Annual report on the working of the mental hospitals in the Madras Presidency - 1912-1932
Year: 1912
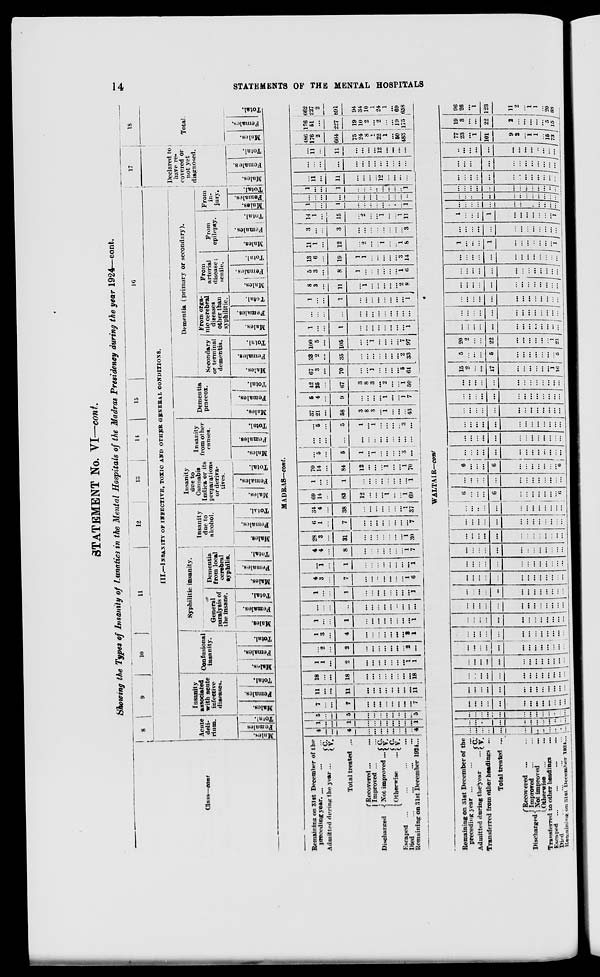
14
STATEMENTS OF THE MENTAL HOSPITALS
STATEMENT No. VI—cont.
Showing the Types of Insanity of Lunatics in the Mental Hospitals of the Madras Presidency during the year 1924—cont.
Class—cont.
8
9
10
11
12
13
14
15
16
III.—INSANITY OF INFECTIVE, TOXIC AND OTHER GENERAL CONDITIONS.
Acute
deli-
rium.
Males.
Females
Total.
Insanity
associated
with acute
infective
diseases.
Males.
Females.
Total.
Confusional
insanity.
Males.
Females.
Total.
Syphilitic insanity.
General
paralysis of
the insane.
Males.
Females.
Total.
Dementia
from local
cerebral
syphilis.
Males.
Females.
Total.
Insanity
due to
alcohol.
Males.
Females.
Total.
Insanity
due to
Cannabis
Indica or its
preparations
or deriva-
tives.
Males.
Females.
Total.
Insanity
from other
causes.
Males.
Females.
Total.
Dementia
praecox.
Males.
Females.
Total.
Dementia (primary or secondary).
Secondary
or terminal
dementia.
Males.
Females.
Total.
From orga-
nic cerebral
diseases
other than
syphilitic.
Males.
Females.
Total.
From
arterial
disease ;
senile.
Males.
Females.
Total.
From
epilepsy.
Males.
Females.
Total.
From
in-
jury.
Males.
Females.
Total.
17
Declared to
have re-
covered or
not yet
diagnosed.
Males.
Females.
Total.
18
Total.
Males.
Females.
Total.
MADRAS—cont.
Remaining on 31st December of the
preceding year. ... ... ...
Admitted during the year ...
C.
V.
Total treated ...
Discharged
Recovered... ...
Improved ...
...
Not improved ...
Otherwise ...
C.
V. C.
V.
Escaped ... ... ... ...
Died ... ... ... ...
Remaining on 31st December 1924...
4
...
...
4
...
...
...
...
...
...
...
...
4
1
...
...
1
...
...
...
...
...
...
...
...
1
5
...
...
5
...
...
...
...
...
...
...
...
5
7
...
...
7
...
...
...
...
...
...
...
...
7
11
...
...
11
...
...
...
...
...
...
...
...
11
18
...
...
18
...
...
...
...
...
...
...
...
18
1
1
...
2
...
...
...
...
...
...
...
1
1
...
2
...
2
...
...
...
...
...
...
...
2
...
1
3
...
4
...
...
...
...
...
...
...
3
1
1
...
...
1
...
...
...
...
...
...
...
...
1
...
...
...
...
...
...
...
...
...
...
...
...
...
1
...
...
1
...
...
...
...
...
...
...
...
1
4
3
...
7
...
...
...
...
...
...
...
1
6
...
1
...
1
...
...
...
...
...
...
...
...
1
4
4
...
8
...
...
...
...
...
...
...
1
7
28
3
...
31
...
...
...
...
...
...
...
1
30
6
1
...
7
...
...
...
...
...
...
...
...
7
34
4
...
38
...
...
...
...
...
...
...
1
37
69
14
...
83
12
...
...
...
1
...
...
1
69
1
...
...
1
...
...
...
...
...
...
...
...
1
70
14
...
84
12
...
...
...
1
...
...
1
70
...
5
...
5
1
...
1
...
...
...
...
3
...
...
...
...
...
...
...
...
...
...
...
...
...
...
...
5
...
5
1
...
1
...
...
...
...
3
...
37
21
...
58
3
8
3
...
1
...
...
...
43
5
4
...
9
...
...
...
...
1
...
...
1
7
42
25
...
67
3
8
3
...
2
...
...
1
50
67
3
...
70
...
...
1
...
...
...
...
5
64
33
2
...
35
...
...
...
...
...
...
...
2
33
100
5
...
105
...
...
1
...
...
...
...
7
97
1
...
...
1
...
...
...
...
...
...
...
...
1
...
...
...
...
...
...
...
...
...
...
...
...
...
1
...
...
1
...
...
...
...
...
...
...
...
1
8
3
...
11
...
1
...
...
...
...
...
2
8
5
3
...
8
1
...
...
...
...
...
...
1
6
13
6
...
19
1
1
...
...
...
...
...
3
14
11
1
...
12
...
2
...
...
1
...
...
1
8
3
...
...
3
...
...
...
...
...
...
...
...
3
14
1
...
15
...
2
...
...
1
...
...
1
11
1
...
...
1
...
...
...
...
...
...
...
...
1
...
...
...
...
...
...
...
...
...
...
...
...
...
1
...
...
1
...
...
...
...
...
...
...
...
1
...
11
...
11
...
...
...
...
12
...
...
...
...
...
...
...
...
...
...
...
...
...
...
...
...
...
...
11
...
11
...
...
...
...
12
...
...
...
...
486
176
2
664
75
24
8
1
22
1
...
50
483
176
51
...
227
19
10
2
...
2
...
...
19
175
662
227
2
891
94
34
10
1
24
1
...
69
658
WALTAIR-cont.
Remaining on 31st December of the
preceding year ... ... ...
Admitted during the year ...
C.
V.
Transferred from other headings ...
Total treated ...
Discharged
Recovered ... ...
Improved ... ...
Not improved ...
Otherwise ... ...
Transferred to other headings ...
Escaped ...
...
...
...
Died ... ... ... ...
Remaining on 31st December 1924 ...
...
...
...
...
...
...
...
...
...
...
...
...
...
...
...
...
...
...
...
...
...
...
...
...
...
...
...
...
...
...
...
...
...
...
...
...
...
...
...
...
...
...
...
...
...
...
...
...
...
...
...
...
...
...
...
...
...
...
...
...
...
...
...
...
...
...
...
...
...
...
...
...
...
...
...
...
...
...
...
...
...
...
...
...
...
...
...
...
...
...
...
...
...
...
...
...
...
...
...
...
...
...
...
...
...
...
...
...
...
...
...
...
...
...
...
...
...
...
...
...
...
...
...
...
...
...
...
...
...
...
...
...
...
...
...
...
...
...
...
...
...
...
...
...
...
...
...
...
...
...
...
...
...
...
...
...
...
...
...
...
...
...
...
...
...
...
...
...
...
...
...
...
...
...
...
...
...
...
...
...
...
...
...
...
...
...
...
...
...
...
...
...
...
...
...
...
...
...
...
...
...
...
...
...
...
...
...
...
...
...
...
...
...
...
...
...
...
...
...
...
...
...
...
...
...
...
...
...
...
...
...
...
...
6
...
...
...
...
...
...
...
...
...
...
...
...
...
6
...
...
...
6
...
...
...
...
...
...
...
6
...
...
...
...
...
...
...
...
...
...
...
...
...
6
...
...
...
6
...
...
...
...
...
...
...
...
...
...
...
...
...
...
...
...
...
...
...
...
...
...
...
...
...
...
...
...
...
...
...
...
...
...
...
...
...
...
...
...
...
...
...
...
...
...
...
...
...
...
...
...
...
...
...
...
...
...
...
...
15
2
...
...
17
...
...
...
...
...
...
1
16
5
...
...
...
5
...
...
...
...
...
...
...
5
20
2
...
...
22
...
...
...
...
...
...
1
21
...
...
...
...
...
...
...
...
...
...
...
...
...
...
...
...
...
...
...
...
...
...
...
...
...
...
...
...
...
...
...
...
...
...
...
...
...
...
...
...
...
...
...
...
...
...
...
...
...
...
...
...
...
...
...
...
...
...
...
...
...
...
...
...
...
...
...
...
...
...
...
...
...
...
...
...
...
...
1
...
...
...
1
...
...
...
...
...
...
...
1
...
...
...
...
...
...
...
...
...
...
...
...
...
1
...
...
...
1
...
...
...
...
...
...
...
1
...
...
...
...
...
...
...
...
...
...
...
...
...
...
...
...
...
...
...
...
...
...
...
...
...
...
...
...
...
...
...
...
...
...
...
...
...
...
...
...
...
...
...
...
...
...
...
...
...
...
...
...
...
...
...
...
...
...
...
...
...
...
...
...
...
...
...
...
...
...
...
...
...
...
...
...
...
...
77
23
...
1
101
9
2
...
1
1
...
15
73
19
3
...
...
22
2
...
...
...
...
...
5
15
96
26
...
1
123
11
2
...
1 1
...
20
88